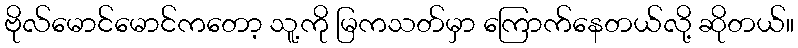
ဗိုလ်မောင်မောင်ကတော့ သူ့ကို မြကသတ်မှာ ကြောက်နေတယ်လို့ ဆိုတယ်။